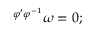
{ } ^ { \varphi ^ { \prime } \varphi ^ { - 1 } } \omega = 0 ;